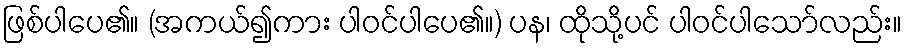
ဖြစ်ပါပေ၏။ (အကယ်၍ကား ပါဝင်ပါပေ၏။) ပန၊ ထိုသို့ပင် ပါဝင်ပါသော်လည်း။